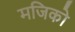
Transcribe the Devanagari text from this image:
मजिको